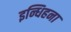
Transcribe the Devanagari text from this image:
इन्धिहना